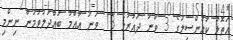
އަތޮޅު ކައުންސިލުގެ 3 ވަނަ ދައުރުގެ 18 ވަނަ އާއްމު ބައްދަލުވުމުން ނިންމި